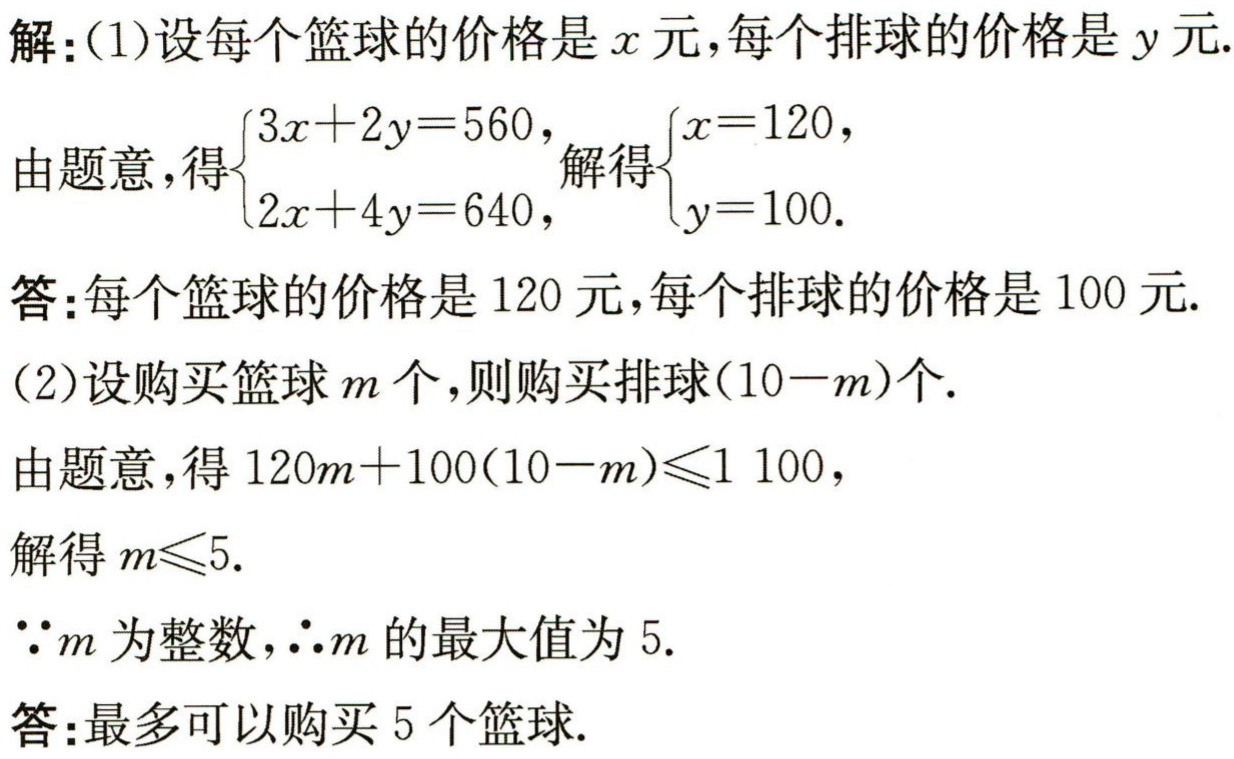
解：(1)设每个篮球的价格是\(x\)元，每个排球的价格是\(y\)元.

由题意，得\(\begin{cases}3x + 2y = 560,\\2x + 4y = 640,\end{cases}\)解得\(\begin{cases}x = 120,\\y = 100.\end{cases}\)

答：每个篮球的价格是\(120\)元，每个排球的价格是\(100\)元.

(2)设购买篮球\(m\)个，则购买排球\((10 - m)\)个.

由题意，得\(120m + 100(10 - m)\leq1100\)，

解得\(m\leq5\).

\(\because m\)为整数，\(\therefore m\)的最大值为\(5\).

答：最多可以购买\(5\)个篮球.